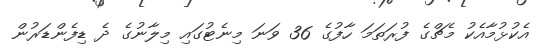
އެކުޅުމާއެކު މެޗްގެ ފުރަތަމަ ހާފުގެ 36 ވަނަ މިނެޓުގައި މިލާނުގެ ދެ ޑިފެންޑަރުން